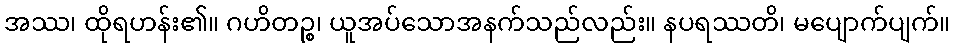
အဿ၊ ထိုရဟန်း၏။ ဂဟိတဉ္စ၊ ယူအပ်သောအနက်သည်လည်း။ နပရဿတိ၊ မပျောက်ပျက်။